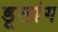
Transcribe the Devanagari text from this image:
डूलांग